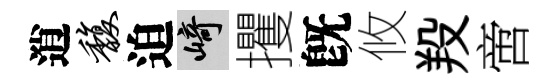
逍馥迫崎攫旣攸羖啻